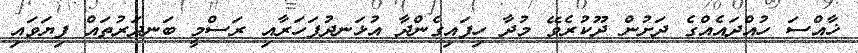
ޚާއްސަ ހުއްދައެއްގެ ދަށުން ދޫކުރެވޭ މުދާ ހިފައިގެންދާ އުޅަނދުފަހަރާއި ރަސްމީ ބަނދަރުތައް ފިޔަވައި